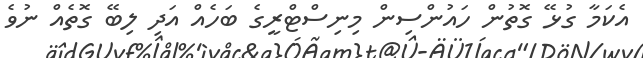
އެކަމާ ގުޅޭ ގޮތުން ހައުންސިން މިނިސްޓްރީގެ ބަހެއް އަދި ލިބޭ ގޮތެއް ނުވެ